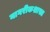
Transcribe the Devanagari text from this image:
नागरीकशास्त्र